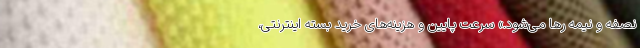
نصفه و نیمه رها می‌شود.» سرعت پایین و هزینه‌های خرید بسته اینترنتی،